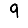
Digit: 9